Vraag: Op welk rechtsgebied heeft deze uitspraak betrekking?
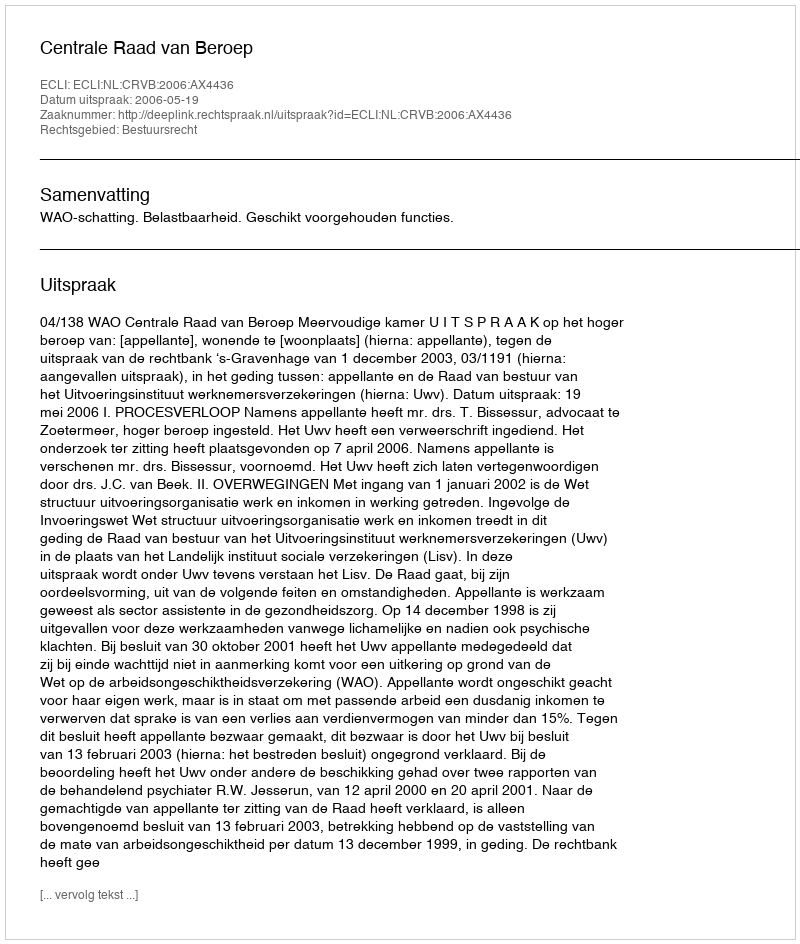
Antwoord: Bestuursrecht